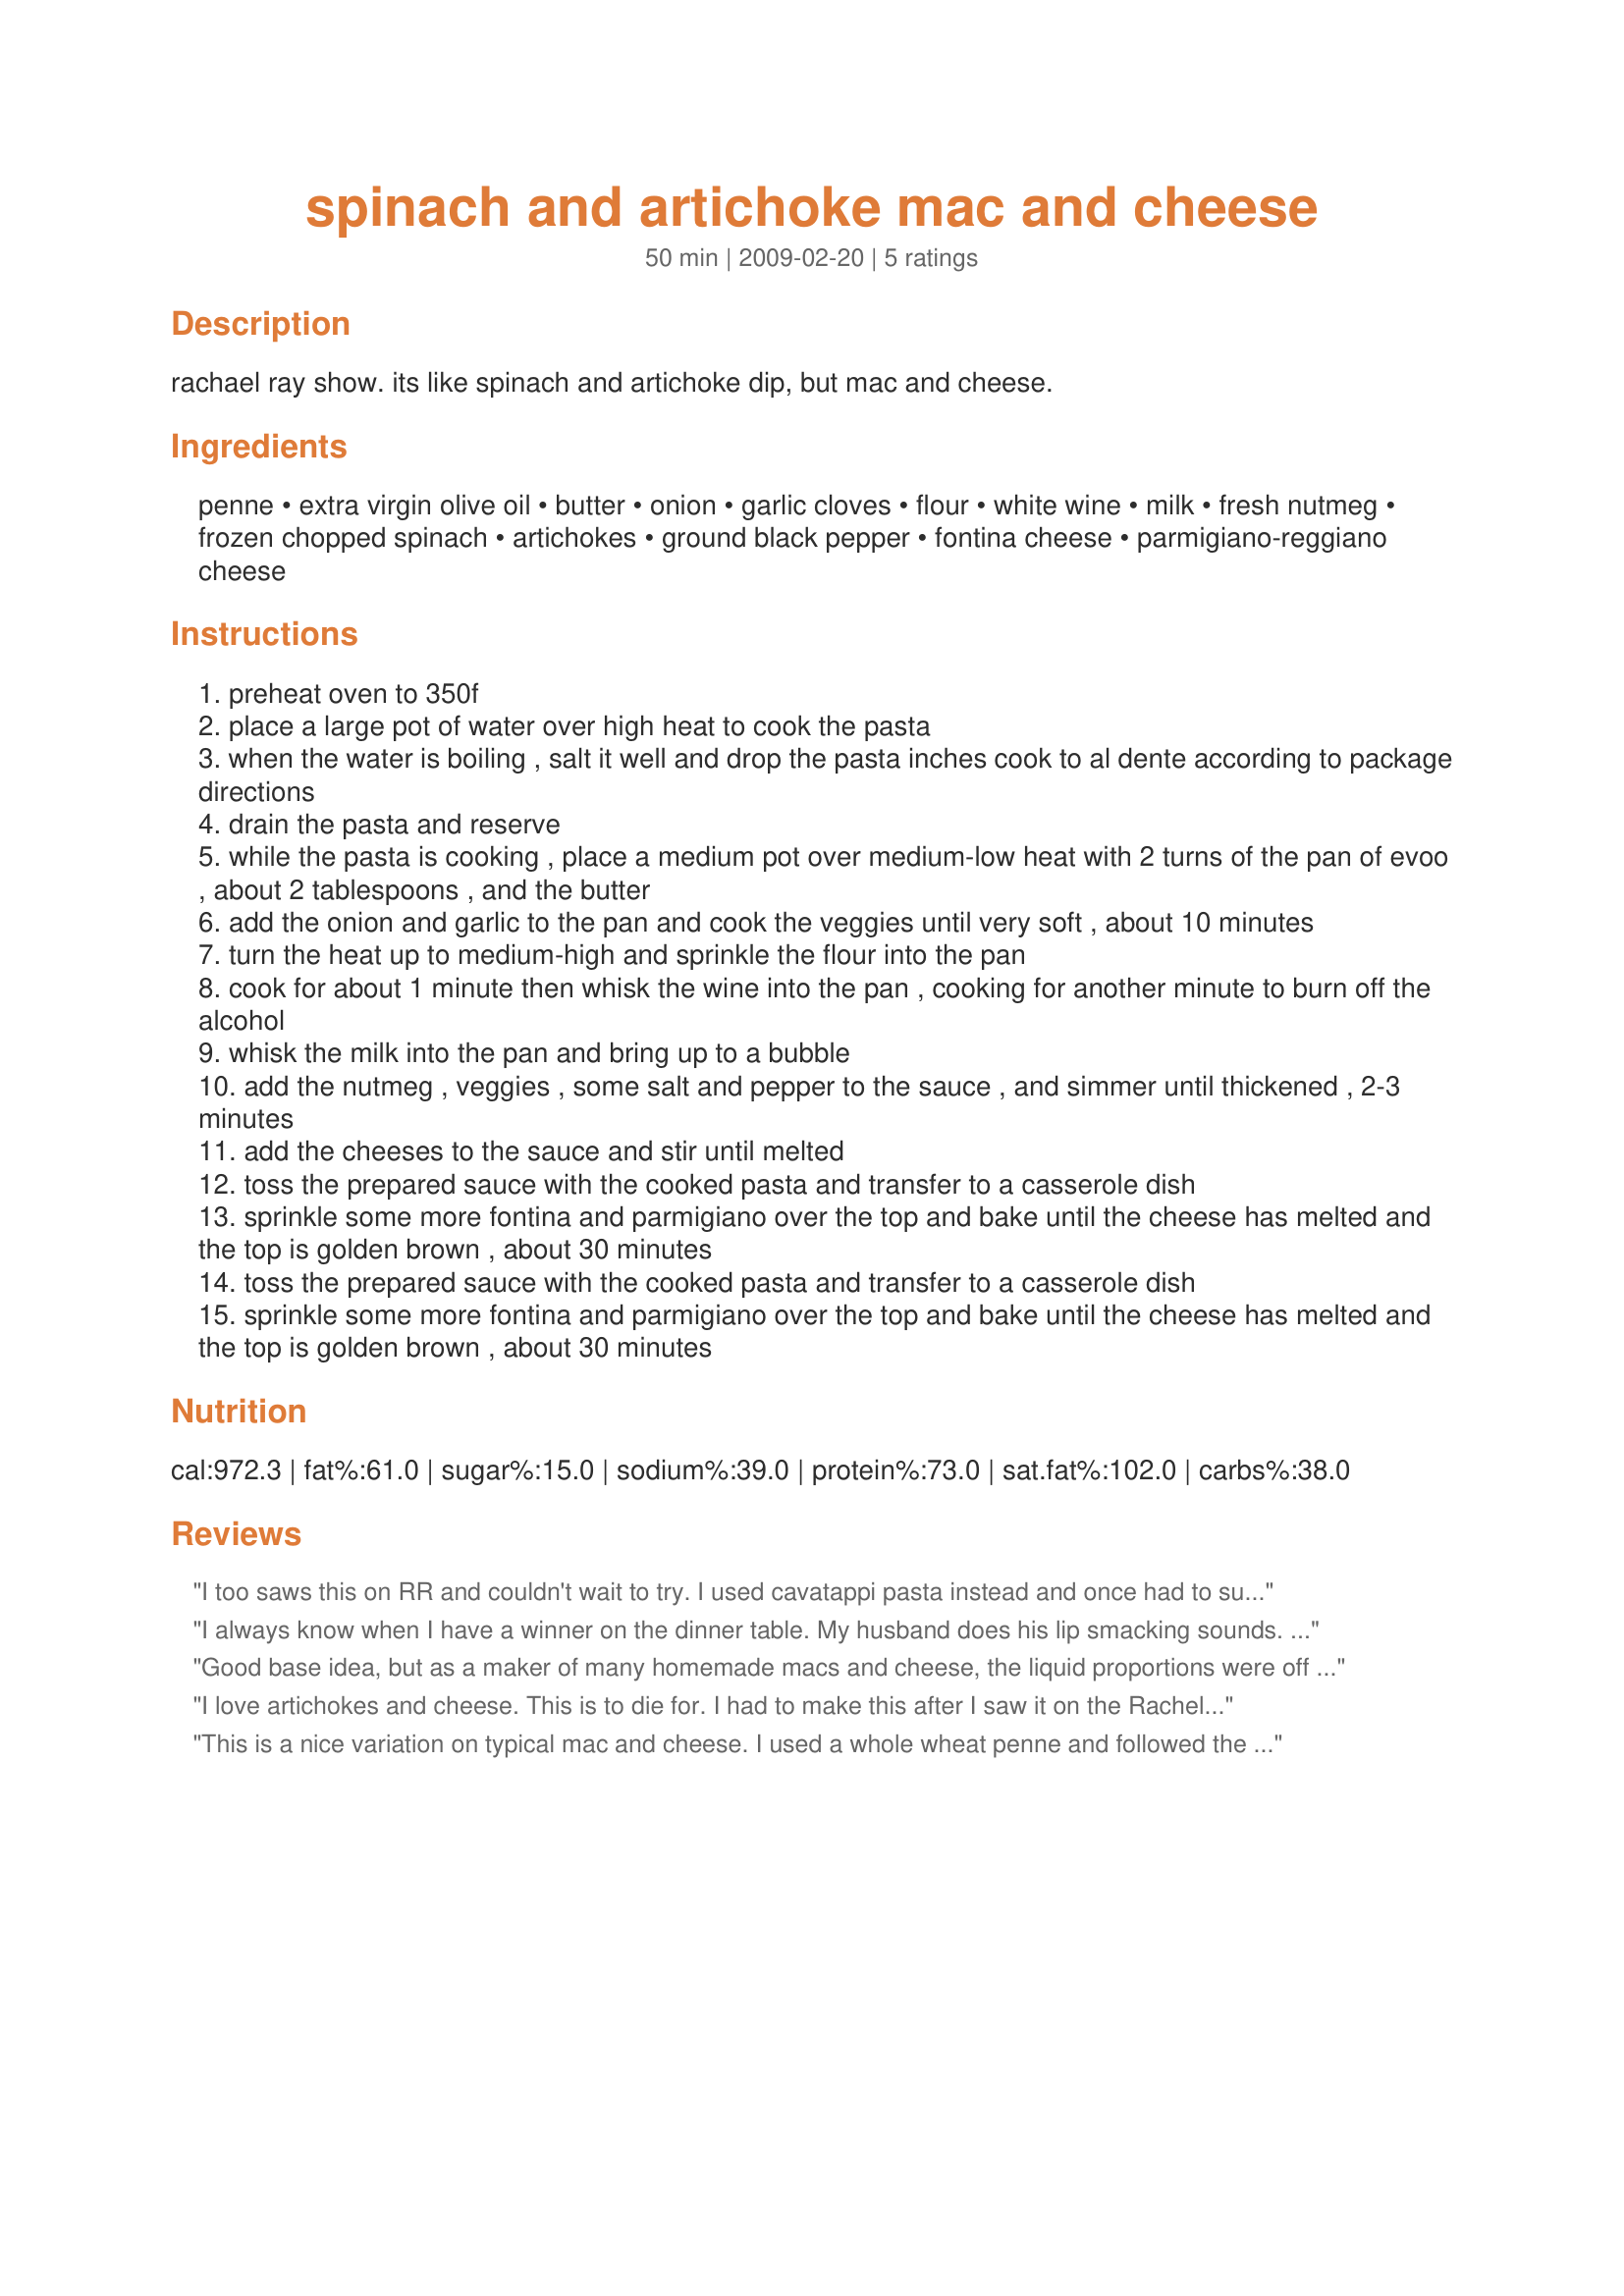
spinach and artichoke mac and cheese
Preparation time: 50 minutes

rachael ray show. its like spinach and artichoke dip, but mac and cheese.

Ingredients:
penne, extra virgin olive oil, butter, onion, garlic cloves, flour, white wine, milk, fresh nutmeg, frozen chopped spinach, artichokes, ground black pepper, fontina cheese, parmigiano-reggiano cheese

Steps:
preheat oven to 350f
place a large pot of water over high heat to cook the pasta
when the water is boiling , salt it well and drop the pasta inches cook to al dente according to package directions
drain the pasta and reserve
while the pasta is cooking , place a medium pot over medium-low heat with 2 turns of the pan of evoo , about 2 tablespoons , and the butter
add the onion and garlic to the pan and cook the veggies until very soft , about 10 minutes
turn the heat up to medium-high and sprinkle the flour into the pan
cook for about 1 minute then whisk the wine into the pan , cooking for another minute to burn off the alcohol
whisk the milk into the pan and bring up to a bubble
add the nutmeg , veggies , some salt and pepper to the sauce , and simmer until thickened , 2-3 minutes
add the cheeses to the sauce and stir until melted
toss the prepared sauce with the cooked pasta and transfer to a casserole dish
sprinkle some more fontina and parmigiano over the top and bake until the cheese has melted and the top is golden brown , about 30 minutes
toss the prepared sauce with the cooked pasta and transfer to a casserole dish
sprinkle some more fontina and parmigiano over the top and bake until the cheese has melted and the top is golden brown , about 30 minutes

Reviews:
I too saws this on RR and couldn't wait to try. I used cavatappi pasta instead and once had to sub a mild unaged gouda instead of fontina (too expensive). My hubby also loved this and he claims to dislike artichokes. great along side roasted chicken.
I always know when I have a winner on the dinner table. My husband does his lip smacking sounds. LoL! I didn't have an open bottle of wine, so subbed in some chicken stock and because we love cheese, I added just a bit more. Made for Every Day Holiday Tag. :)
Good base idea, but as a maker of many homemade macs and cheese, the liquid proportions were off for the amount of pasta called for. i would double the milk/flour and add some more cheese -- there just wasn't enought to thoroughly coat the pasta. when i make a hearty mac and cheese, it usually seems like you have TOO much sauce...i could tell from the get-go that this was going to be a bit dry. flavors overall were good...i like a little crunch and texture on top so i combined about 4 tbs melted butter with about a 1/2 c ea of panko bread crumbs and parmigiano and sprinked it over the top over the extra fontina. was a nice touch and made it more mac and cheese rather than just a dry pasta dish. i followed this verbatim and i am a seasoned cook, so curious if others feel the same...

ALSO -- it says this serves FOUR (!!!!)...this makes me think that maybe she intended 1/2 pound of pasta instead of 1 pound. mine made a HUGE casserole dish fit for 8 hearty portions...4 portions from my pan would have meant sure cardiac arrest!!! caught a few errors in her recipe when making it, so just makes me question things...oh, and it was much better as leftovers today...nucking a portion for a minute with saran wrap seem to put some much needed moisture back into it...really enjoyed it much more with coffee in the am than i did last night with easter dinner...my daughter is a vegetarian so i always try and have something she can enjoy (no ham for her!) and that others can try...
I love artichokes and cheese. This is to die for. I had to make this after I saw it on the Rachel Ray show. Its like mac and cheese for adults.
This is a nice variation on typical mac and cheese. I used a whole wheat penne and followed the recipe as posted, although I couldn&#039;t get Fontina cheese, and had to sub an Italian mixture (that included Fontina in it). I will say that I found that it could have used a bit more sauce, as it was sort of on the dry side. Still in all, it&#039;s a great idea that just needs some tweaking! Made for Spring PAC 2013.
